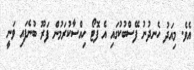
އެވެ. މިއަދު ހެނދުނު ފޭސްބުކުގައި އެ ފޮޓޯ ހިއްސާކުރަމުން ފަރޫ ބުނެފައި ވަނީ